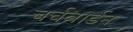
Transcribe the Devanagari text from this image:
चर्चवार्डन